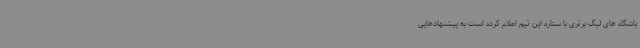
باشگاه های لیگ برتری با ستاره این تیم اعلام کرده است به پیشنهادهایی